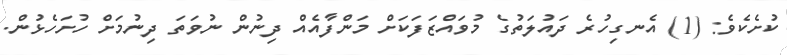
ކުށެކެވެ: (1) އެނގިހުރެ ދައުލަތުގެ މުވައްޒަފަކަށް މަންފާއެއް ދިނުން ނުވަތަ ދިނުމަށް ހުށަހެޅުން.